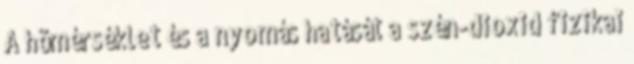
A hõmérséklet és a nyomás hatását a szén-dioxid fizikai